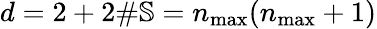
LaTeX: d=2+2\# \mathbb{S}=n_{\operatorname*{max}}(n_{\operatorname*{max}}+1)